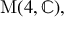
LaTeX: { \mathrm { M } } ( 4 , \mathbb { C } ) ,